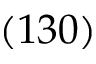
( 1 3 0 )